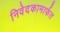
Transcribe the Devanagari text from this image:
निवेदकामार्फत